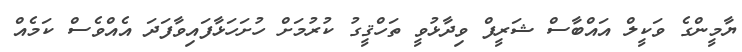
ޔާމީންގެ ވަކީލް އައްބާސް ޝަރީފް ވިދާޅުވީ ތަހްޤީގު ކުރުމަށް ހުށަހަޅާފައިވާފަދަ އެއްވެސް ކަމެއް